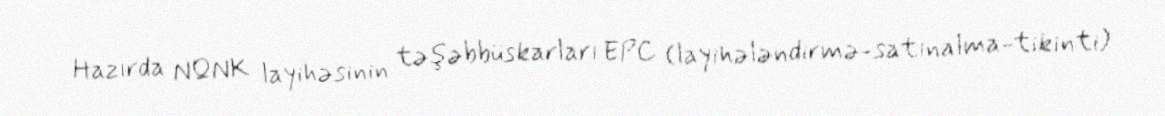
Hazırda NQNK layihəsinin təşəbbüskarları EPC (layihələndirmə-satınalma-tikinti)